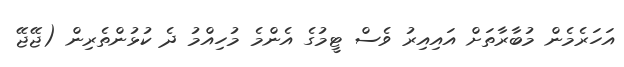
އަހަރެމެން މުބާރާތަށް އައިއިރު ވެސް ޓީމުގެ އެންމެ މުހިއްމު ދެ ކުޅުންތެރިން (ޖޭޖޭ